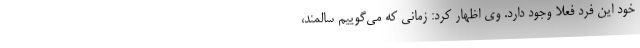
خود این فرد فعلا وجود دارد. وی اظهار کرد: زمانی که می‌گوییم سالمند،